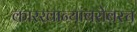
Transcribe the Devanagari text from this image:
कारखान्यांबरोबरच